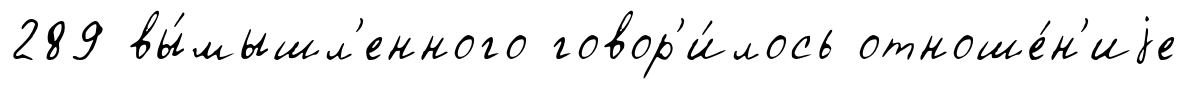
289 вы́мышл'енного говор'и́лось отноше́н'иjе